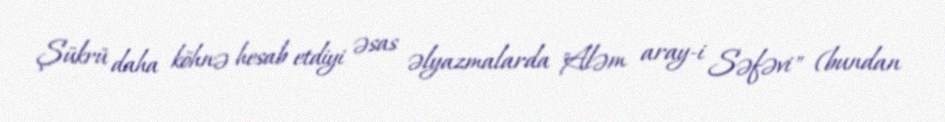
Şükrü daha köhnə hesab etdiyi əsas əlyazmalarda "Aləm aray-i Səfəvi" (bundan